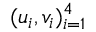
( u _ { i } , v _ { i } ) _ { i = 1 } ^ { 4 }